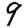
Digit: 9